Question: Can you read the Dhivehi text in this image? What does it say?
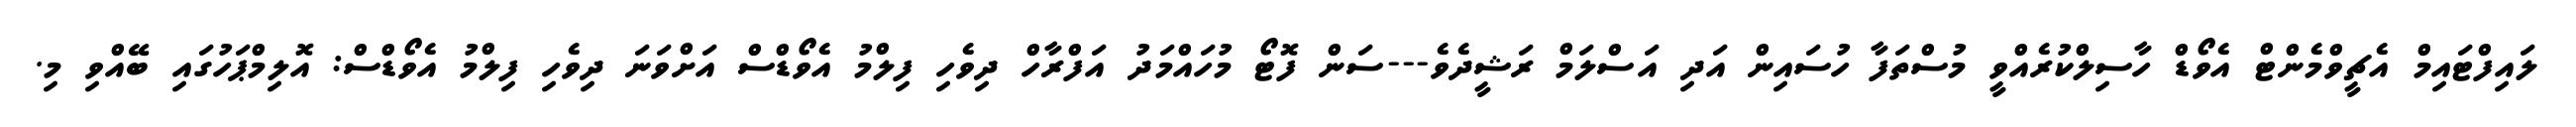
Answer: ލައިފްޓައިމް އެޗީވްމެންޓް އެވޯޑް ހާސިލްކުރެއްވީ މުސްތަފާ ހުސައިން އަދި އަސްލަމް ރަޝީދެވެ---ސަން ފޮޓޯ މުހައްމަދު އަފްރާހް ދިވެހި ފިލްމު އެވޯޑްސް އަށްވަނަ ދިވެހި ފިލްމު އެވޯޑްސް: އޮލިމްޕަހުގައި ބޭއްވި މި.